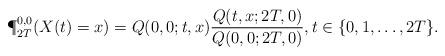
LaTeX: \begin{align*}\P^{0,0}_{2T}(X(t)=x)=Q(0,0; t, x)\frac{Q(t, x; 2T, 0)}{Q(0, 0; 2T, 0)},t \in \{0,1, \dots, 2T\}. \end{align*}